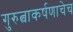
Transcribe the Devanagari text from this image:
गुरुत्वाकर्षणाचेच